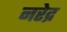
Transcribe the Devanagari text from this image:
नरेद्र